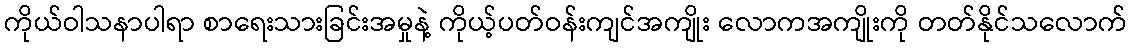
ကိုယ်ဝါသနာပါရာ စာရေးသားခြင်းအမှုနဲ့ ကိုယ့်ပတ်ဝန်းကျင်အကျိုး လောကအကျိုးကို တတ်နိုင်သလောက်